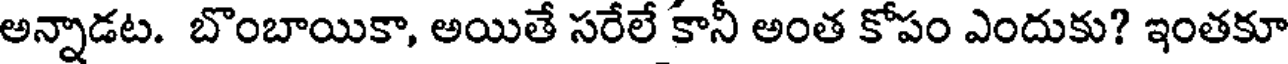
అన్నాడట. బొంబాయికా, అయితే సరేలే కానీ అంత కోపం ఎందుకు? ఇంతకూ